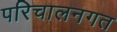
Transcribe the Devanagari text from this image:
परिचालनगत